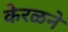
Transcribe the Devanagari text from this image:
केरळने